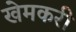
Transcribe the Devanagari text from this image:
खेमकरी